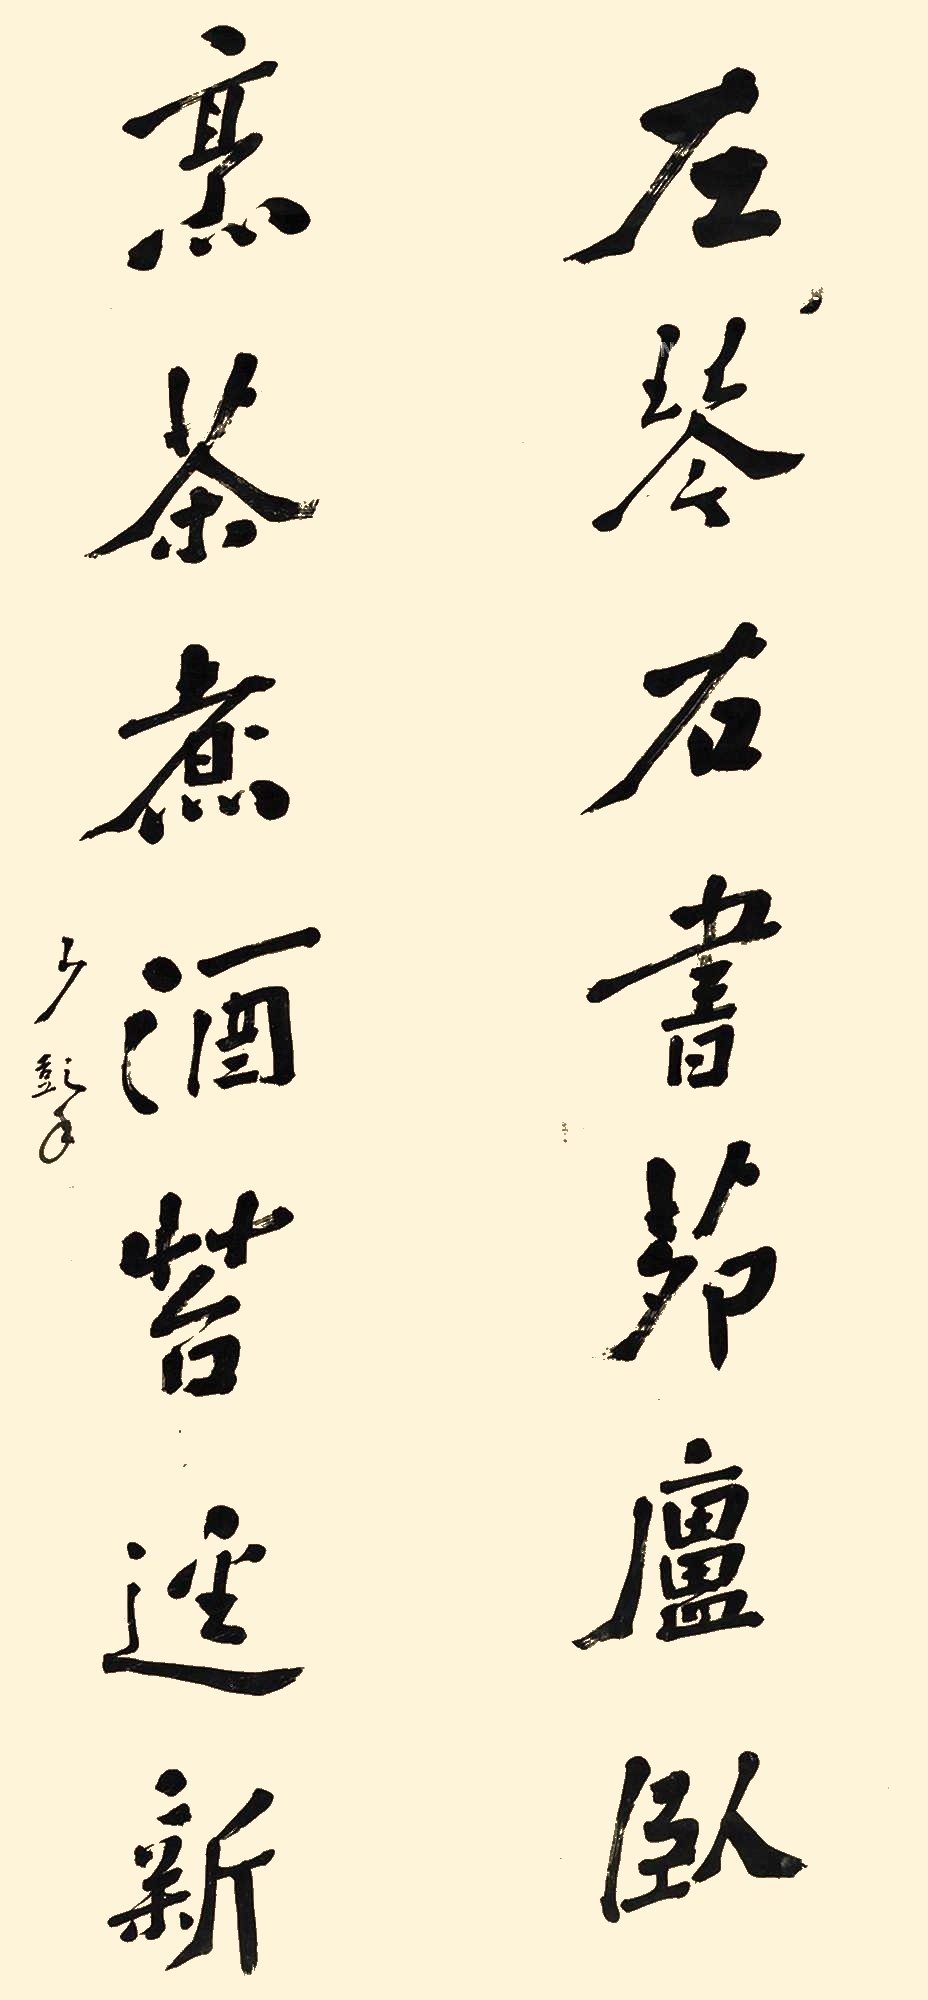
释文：左琴右书节庐握，烹茶煮酒苔迳新。少彭年。